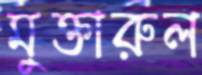
মুক্তারুল